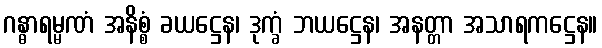
ဂန္ဓာရမ္မဏံ အနိစ္စံ ခယဋ္ဌေန၊ ဒုက္ခံ ဘယဋ္ဌေန၊ အနတ္တာ အသာရကဋ္ဌေန။